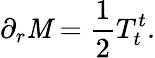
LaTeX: \partial_{r}\mathit{M}={\frac{{1}}{{2}}}T_{t}^{t}.